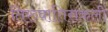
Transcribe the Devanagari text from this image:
तिरुवातिराकली